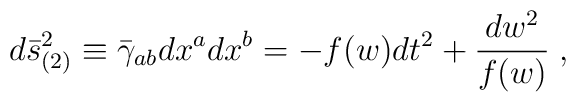
d\bar{s}_{(2)}^2\equiv\bar{\gamma}_{ab}dx^adx^b=-f(w)dt^2+\frac{dw^2}{f(w)}\;,